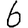
Digit: 6